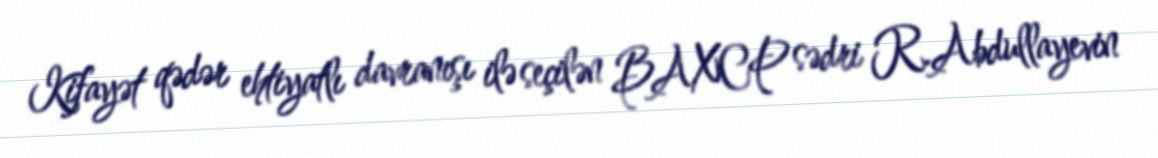
Kifayət qədər ehtiyatlı davranışı ilə seçilən BAXCP sədri R.Abdullayevin